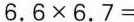
$$6 . 6 \times 6 . 7 =$$